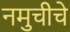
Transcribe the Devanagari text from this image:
नमुचीचे